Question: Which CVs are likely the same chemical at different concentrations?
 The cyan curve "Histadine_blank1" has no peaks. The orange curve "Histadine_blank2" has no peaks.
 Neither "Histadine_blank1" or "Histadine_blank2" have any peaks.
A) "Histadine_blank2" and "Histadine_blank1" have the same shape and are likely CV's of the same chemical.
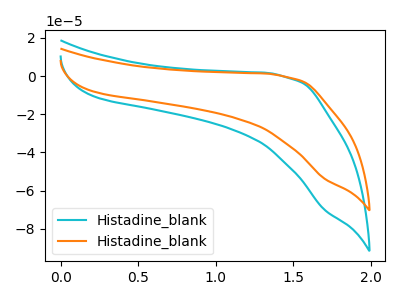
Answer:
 <answer>A) "Histadine_blank2" and "Histadine_blank1" have the same shape and are likely CV's of the same chemical.</answer>
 <eval>A</eval>